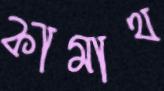
কামাথ